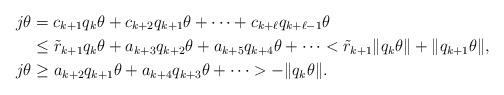
LaTeX: \begin{align*}j\theta &= c_{k+1}q_k \theta + c_{k+2} q_{k+1}\theta + \dots + c_{k+\ell} q_{k+\ell-1}\theta \\&\le \tilde r_{k+1} q_k \theta + a_{k+3} q_{k+2} \theta + a_{k+5} q_{k+4} \theta + \dots < \tilde r_{k+1} \| q_k \theta \| + \|q_{k+1} \theta\|, \\j\theta &\ge a_{k+2} q_{k+1} \theta + a_{k+4} q_{k+3} \theta + \dots > - \|q_{k} \theta\|.\end{align*}